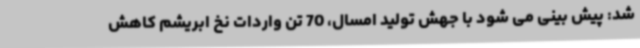
شد: پیش بینی می شود با جهش تولید امسال، 70 تن واردات نخ ابریشم کاهش